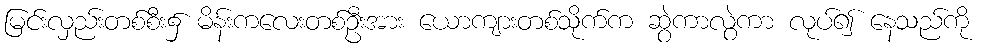
မြင်းလှည်းတစ်စီး၌ မိန်းကလေးတစ်ဦးအား ယောကျားတစ်သိုက်က ဆွဲကာလွဲကာ လုပ်၍ နေသည်ကို